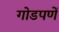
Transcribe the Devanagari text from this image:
गोडपणें